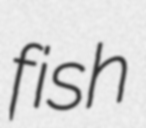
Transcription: fish